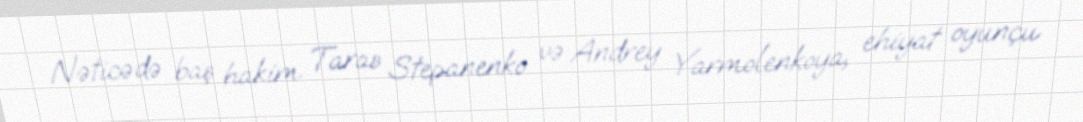
Nəticədə baş hakim Taras Stepanenko və Andrey Yarmolenkoya, ehiyat oyunçu